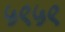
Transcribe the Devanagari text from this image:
५९५९